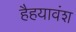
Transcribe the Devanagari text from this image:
हैहयावंश